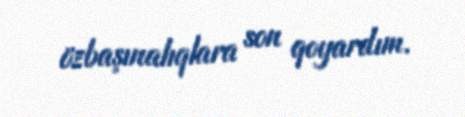
özbaşınalıqlara son qoyardım.